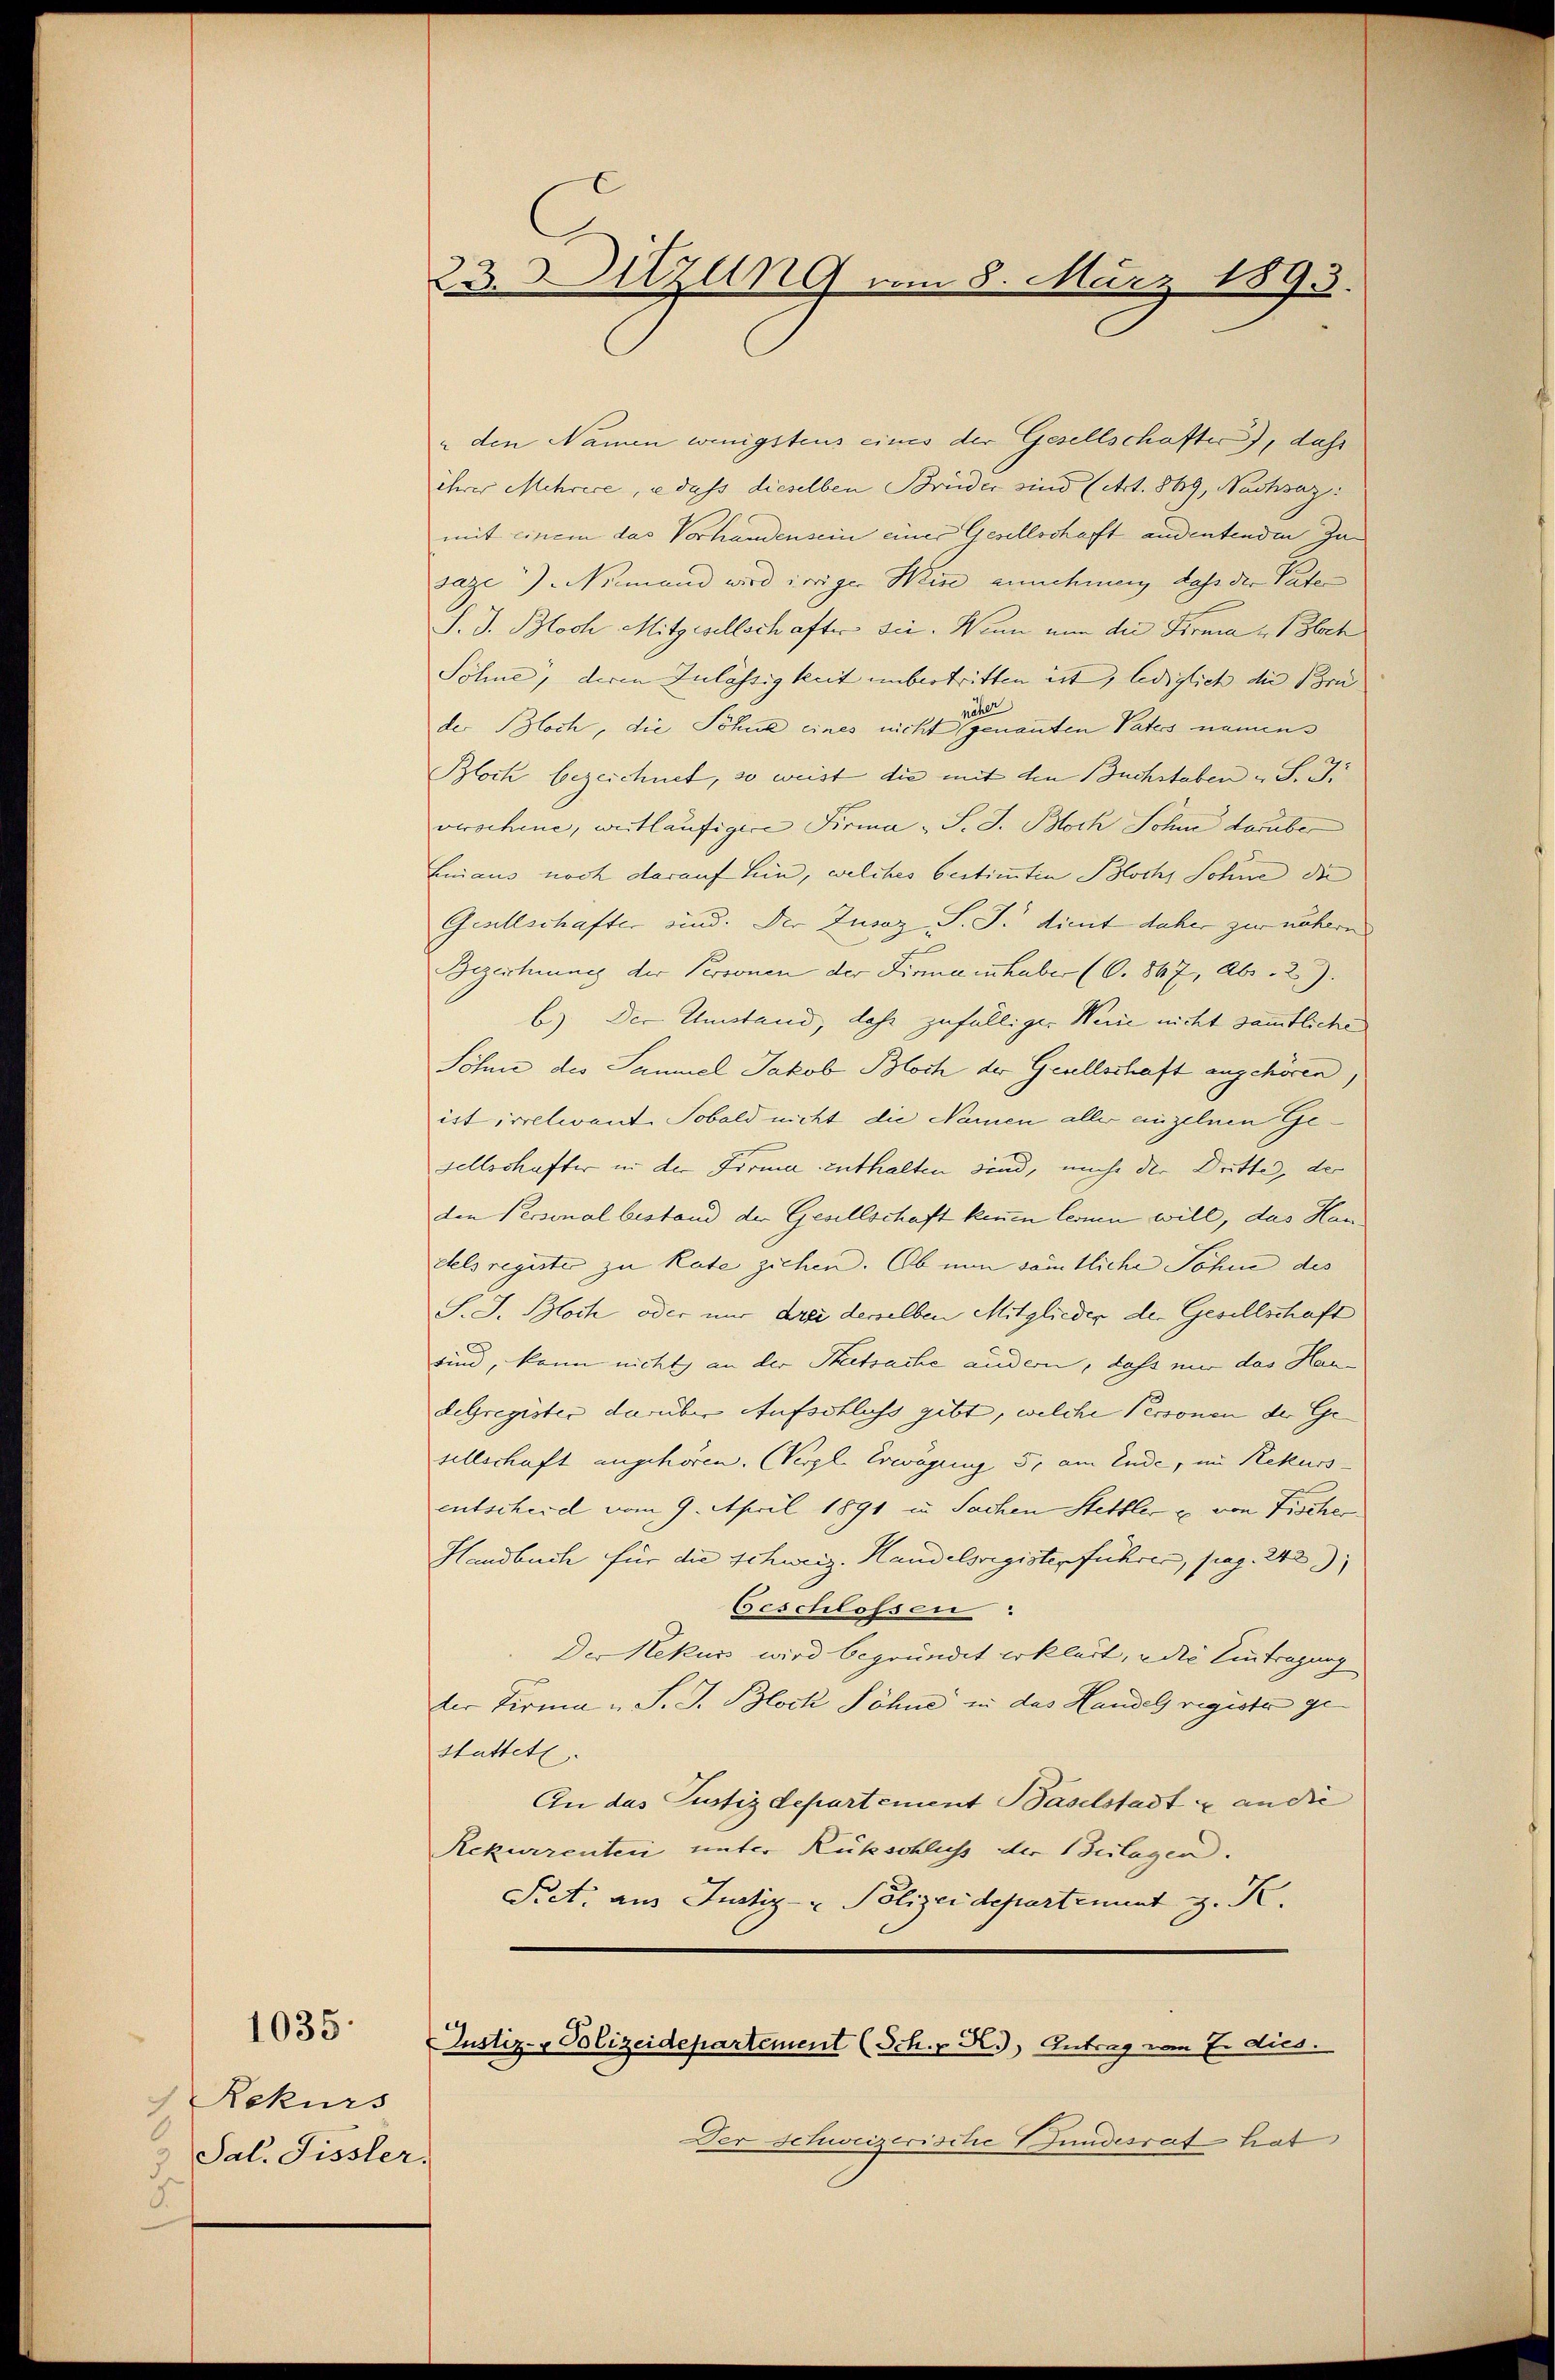
Rekurs
 Sal. Fissler.
5

1035.

23. Sitzung am 8. März 1893.

den Namen wenigstens eines der Gesellschafter), daß
ihrer Mehrere, e dass dieselben Brüder sind (Art. 869, Nachsaz:
mit einem das Vorhandensein einer Gesellschaft andentenden Ja
saze) Niemand wird irriger Wein annehmen dass der Vate
S. J. Bloch Mitgesellschafter sei. Wenn nun die Firma Bloch
Söhne, deren Zulässigkeit unbestritten ist, lediglich die Bru
der Bloch, die Sohne eines nicht genanten Paters namens
Bloch bezeichnet, so weist die mit den Buchstaben u. S. J.
verschine, weitläufigere Firma „S. J. Bloch Sohne darüber
Lnnaus noch darauf hin, welches bestimmten Blochs Sohne die
Gesellschafter sind. Der Zusaz, S. J. dient daher zur nähern
Bezeichnung der Personen der Firma inhaber (C. 847, Abs. 2).
b.) Der Umstand, daß zufälliger Weise nicht sämmtliche
Söhne des Sammel Jakob Bloch der Geullschaft angehören
irt irrelevant. Sobald nicht die Namen aller anzelnen Gesellschafter in der Firma enthalten sind, nicht der Dritte, der
den Personal bestand der Gesellschaft kenen lernen will, das Haudels register zu Rate ziehen. Ob nun sämtliche Söhne des
S. J. Bloch oder nur drei derselben Mitglieder der Gesellschaft
sind, kann nicht an der Thatsache andern, dass mir das Haudelregister darüber Aufschluss gibt, welche Personen der Ge-
sellschaft angehören. (Vergl. Erwägung 5, am Ende, im Rekurs
eutscheid vom 9. April 1891 in Sachen Stettler u. von Fischer
Handbuch für die Schweiz. Handelsregisterfuhres, pag. 242
Geschlossen:
D. Rekurs wird begründet erklärt, u die Eintragung
der Firma „S. J. Block Söhne in das Handel registe gestattete
An das Justizdepartement Baselstadt & an die
Rekurrenten unter Rückschluss der Beilagen.
Siet: aus Justiz- & Polizeidepartement z. K.
Justiz- & Polizeidepartement (Sch. R., Antrag vom 7. dies.
Der Schweizerische Fundesrat hat